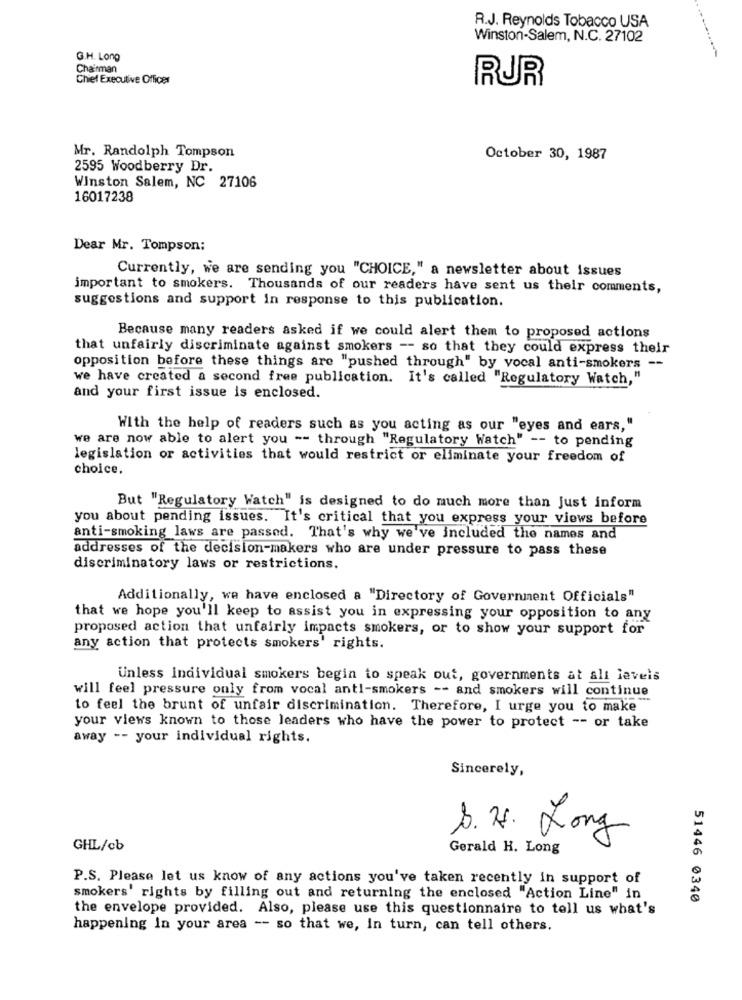
R.J. Reynolds Tobacco USA
Winston-Salem, N.C. 27102
G.H. Long
Chairman
Chief Executive Officer
RUR
Mr. Randolph Tompson
October 30, 1987
2595 Woodberry Dr.
Winston Salem, NC 27106
16017238
Dear Mr. Tompson:
Currently, we are sending you "CHOICE," a newsletter about issues
important to smokers. Thousands of our readers have sent us their comments,
suggestions and support in response to this publication.
Because many readers asked if we could alert them to proposed actions
that unfairly discriminate against smokers -- so that they could express their
opposition before these things are "pushed through" by vocal anti-smokers --
we have created a second free publication. It's called "Regulatory Watch,"
and your first issue is enclosed.
With the help of readers such as you acting as our "eyes and ears,"
we are now able to alert you -- through "Regulatory Watch" -- to pending
legislation or activities that would restrict or eliminate your freedom of
choice.
But "Regulatory Watch" is designed to do much more than Just inform
you about pending issues. It's critical that you express your views before
anti-smoking laws are passed. That's why we've included the names and
addresses of the decision-makers who are under pressure to pass these
discriminatory laws or restrictions.
Additionally, we have enclosed a "Directory of Government Officials"
that we hope you'll keep to assist you in expressing your opposition to any
proposed action that unfairly impacts smokers, or to show your support for
any action that protects smokers' rights.
Unless Individual smokers begin to speak out, governments at all levels
will feel pressure only from vocal anti-smokers -- and smokers will continue
to feel the brunt of unfair discrimination. Therefore, I urge you to make
your views known to those leaders who have the power to protect -- or take
away -- your individual rights.
Sincerely,
S. H. Long
GHL/cb
Gerald H. Long
P.S. Please let us know of any actions you've taken recently in support of
smokers' rights by filling out and returning the enclosed "Action Line" in
51446 0340
the envelope provided. Also, please use this questionnaire to tell us what's
happening In your area -- so that we, In turn, can tell others.